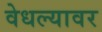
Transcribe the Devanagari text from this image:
वेधल्यावर